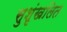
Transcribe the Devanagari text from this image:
सुशृंखलित